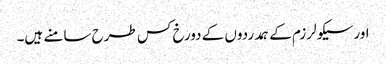
اورسیکولرزم کے ہمدردوں کے دورخ کس طرح سامنے ہیں۔